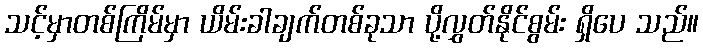
သင့်မှာတစ်ကြိမ်မှာ ယိမ်းခါချက်တစ်ခုသာ ပို့လွှတ်နိုင်စွမ်း ရှိပေ သည်။